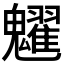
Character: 𩴹